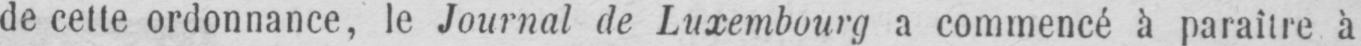
de cette ordonnance, le Journal de Luxembourg a commencé à paraître à